Insane asylums in Bengal annual reports 1867-1875 - 1867-1875
Year: 1867
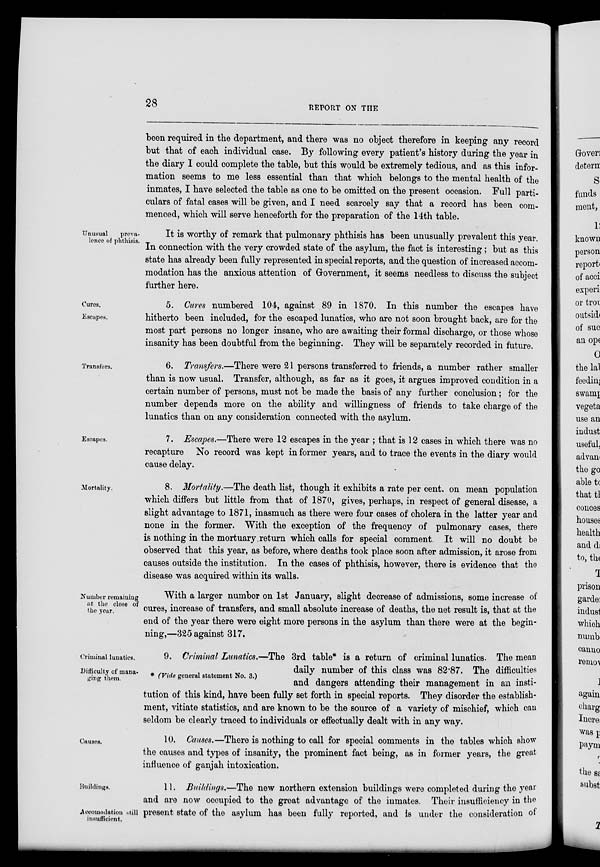
28
REPORT ON THE
been required in the department, and there was no object therefore in keeping any record
but that of each individual case. By following every patient's history during the year in
the diary I could complete the table, but this would be extremely tedious, and as this infor-
mation seems to me less essential than that which belongs to the mental health of the
inmates, I have selected the table as one to be omitted on the present occasion. Full parti-
culars of fatal cases will be given, and I need scarcely say that a record has been com-
menced, which will serve henceforth for the preparation of the 14th table.
Unusual
preva-
lence of phthisis.
It is worthy of remark that pulmonary phthisis has been unusually prevalent this year.
In connection with the very crowded state of the asylum, the fact is interesting ; but as this
state has already been fully represented in special reports, and the question of increased accom-
modation has the anxious attention of Government, it seems needless to discuss the subject
further here.
Cures.
Escapes.
5. Cures numbered 104, against 89 in 1870. In this number the escapes have
hitherto been included, for the escaped lunatics, who are not soon brought back, are for the
most part persons no longer insane, who are awaiting their formal discharge, or those whose
insanity has been doubtful from the beginning. They will be separately recorded in future.
Transfers.
6. Transfers.—There were 21 persons transferred to friends, a number rather smaller
than is now usual. Transfer, although, as far as it goes, it argues improved condition in a
certain number of persons, must not be made the basis of any further conclusion ; for the
number depends more on the ability and willingness of friends to take charge of the
lunatics than on any consideration connected with the asylum.
Escapes.
7. Escapes.—There were 12 escapes in the year ; that is 12 cases in which there was no
recapture No record was kept in former years, and to trace the events in the diary would
cause delay.
Mortality.
8. Mortality.—The death list, though it exhibits a rate per cent. on mean population
which differs but little from that of 1870, gives, perhaps, in respect of general disease, a
slight advantage to 1871, inasmuch as there were four cases of cholera in the latter year and
none in the former. With the exception of the frequency of pulmonary cases, there
is nothing in the mortuary return which calls for special comment. It will no doubt be
observed that this year, as before, where deaths took place soon after admission, it arose from
causes outside the institution. In the cases of phthisis, however, there is evidence that the
disease was acquired within its walls.
Number remaining
at the close of
the year.
With a larger number on 1st January, slight decrease of admissions, some increase of
cures, increase of transfers, and small absolute increase of deaths, the net result is, that at the
end of the year there were eight more persons in the asylum than there were at the begin-
ning,—325 against 317.
Criminal lunatics.
Difficulty of mana-
ging them.
* (Vide general statement No. 3.)
9. Criminal Lunatics.—The 3rd table* is a return of criminal lunatics. The mean
daily number of this class was 82.87. The difficulties
and dangers attending their management in an insti-
tution of this kind, have been fully set forth in special reports. They disorder the establish-
ment, vitiate statistics, and are known to be the source of a variety of mischief, which can
seldom be clearly traced to individuals or effectually dealt with in any way.
Causes.
10. Causes.—There is nothing to call for special comments in the tables which show
the causes and types of insanity, the prominent fact being, as in former years, the great
influence of ganjah intoxication.
Buildings.
Accomodation still
insufficient.
11. Buildings.—The new northern extension buildings were completed during the year
and are now occupied to the great advantage of the inmates. Their insufficiency in the
present state of the asylum has been fully reported, and is under the consideration of